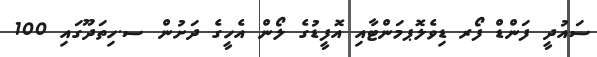
ސައުދީ ފަންޑް ފޯރ ޑިވެލޮޕމަންޓާއި އޮފީޑުގެ ލޯން އެހީގެ ދަށުން ސ.ހިތަދޫގައި 100